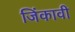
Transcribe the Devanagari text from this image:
जिंकावी